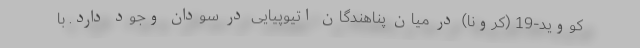
کووید-19 (کرونا) در میان پناهندگان اتیوپیایی در سودان وجود دارد. با